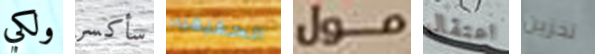
ولكي سأكسر الحقيقيه مول اعتقال تخزين